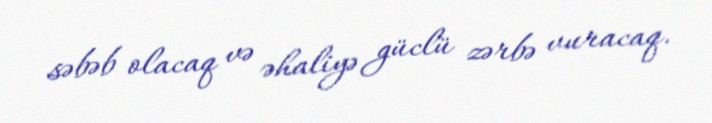
səbəb olacaq və əhaliyə güclü zərbə vuracaq.